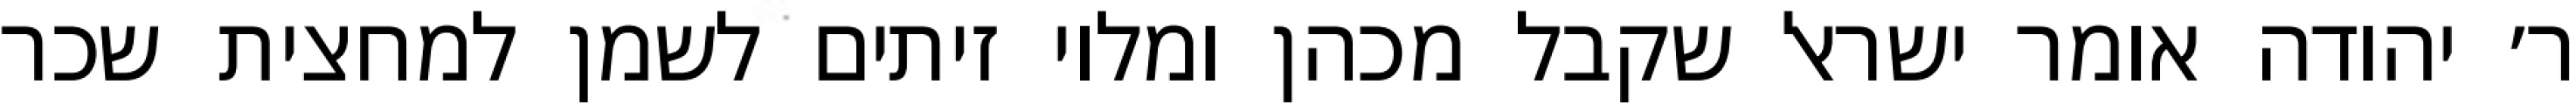
ר׳ יהודה אומר ישראל שקבל מכהן ומלוי זיתים לשמן למחצית שכר